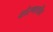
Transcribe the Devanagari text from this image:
धोरणाचीच